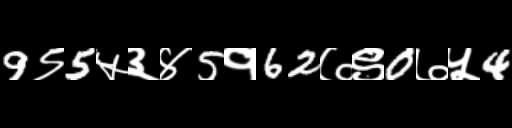
Text: 9९5५३४5१62७९0७५4